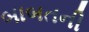
બાબતની